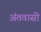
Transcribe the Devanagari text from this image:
अंतवासी